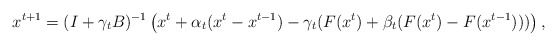
\begin{align*}x^{t+1}=(I+\gamma_tB)^{-1}\left(x^t+\alpha_t(x^t-x^{t-1})-\gamma_t(F(x^t)+\beta_t(F(x^t)-F(x^{t-1})))\right),\end{align*}